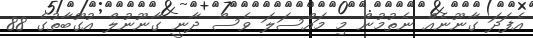
އެފަދަ ގާނޫނެއް ނެތުމުން މި މައްސަލަ ވެސް ދާނީ ގާނޫނުލް އުގޫބާތުގެ 88